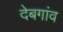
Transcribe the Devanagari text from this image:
देबगांव